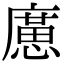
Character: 㢜